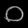
Digit: ၀